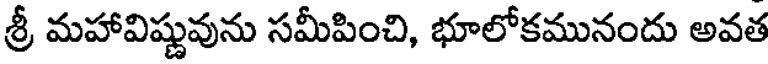
శ్రీ మహావిష్ణువును సమీపించి, భూలోకమునందు అవత